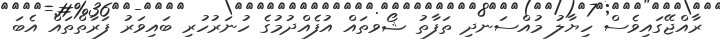
ރާއްޖޭގައިވެސް ހިޔާލު މުއްސަނދި ތަފާތު ޝޯވތައް އުފެއްދުމުގެ ހުނަރުހުރި ބައިވަރު ފަރާތްތައް އެބަ